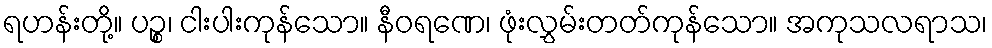
ရဟန်းတို့။ ပဉ္စ၊ ငါးပါးကုန်သော။ နီဝရဏေ၊ ဖုံးလွှမ်းတတ်ကုန်သော။ အကုသလရာသ၊